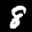
Label: 8